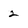
Character: 2